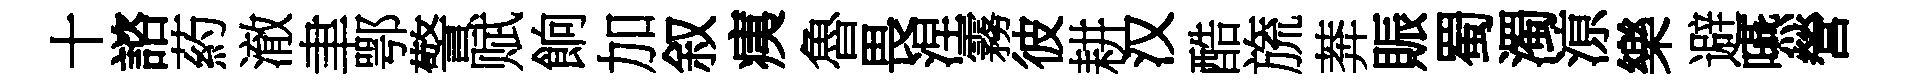
十諮葯澈聿鄂警赋餉加叙痍魯畏涅霧彼耕汉酷旒莾賑蜀濁鿌樂避嚥營